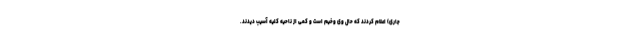
جاری) اعلام کردند که حال وی وخیم است و کمی از ناحیه کلیه آسیب دیدند.